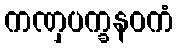
ကဏှပက္ခနဝကံ